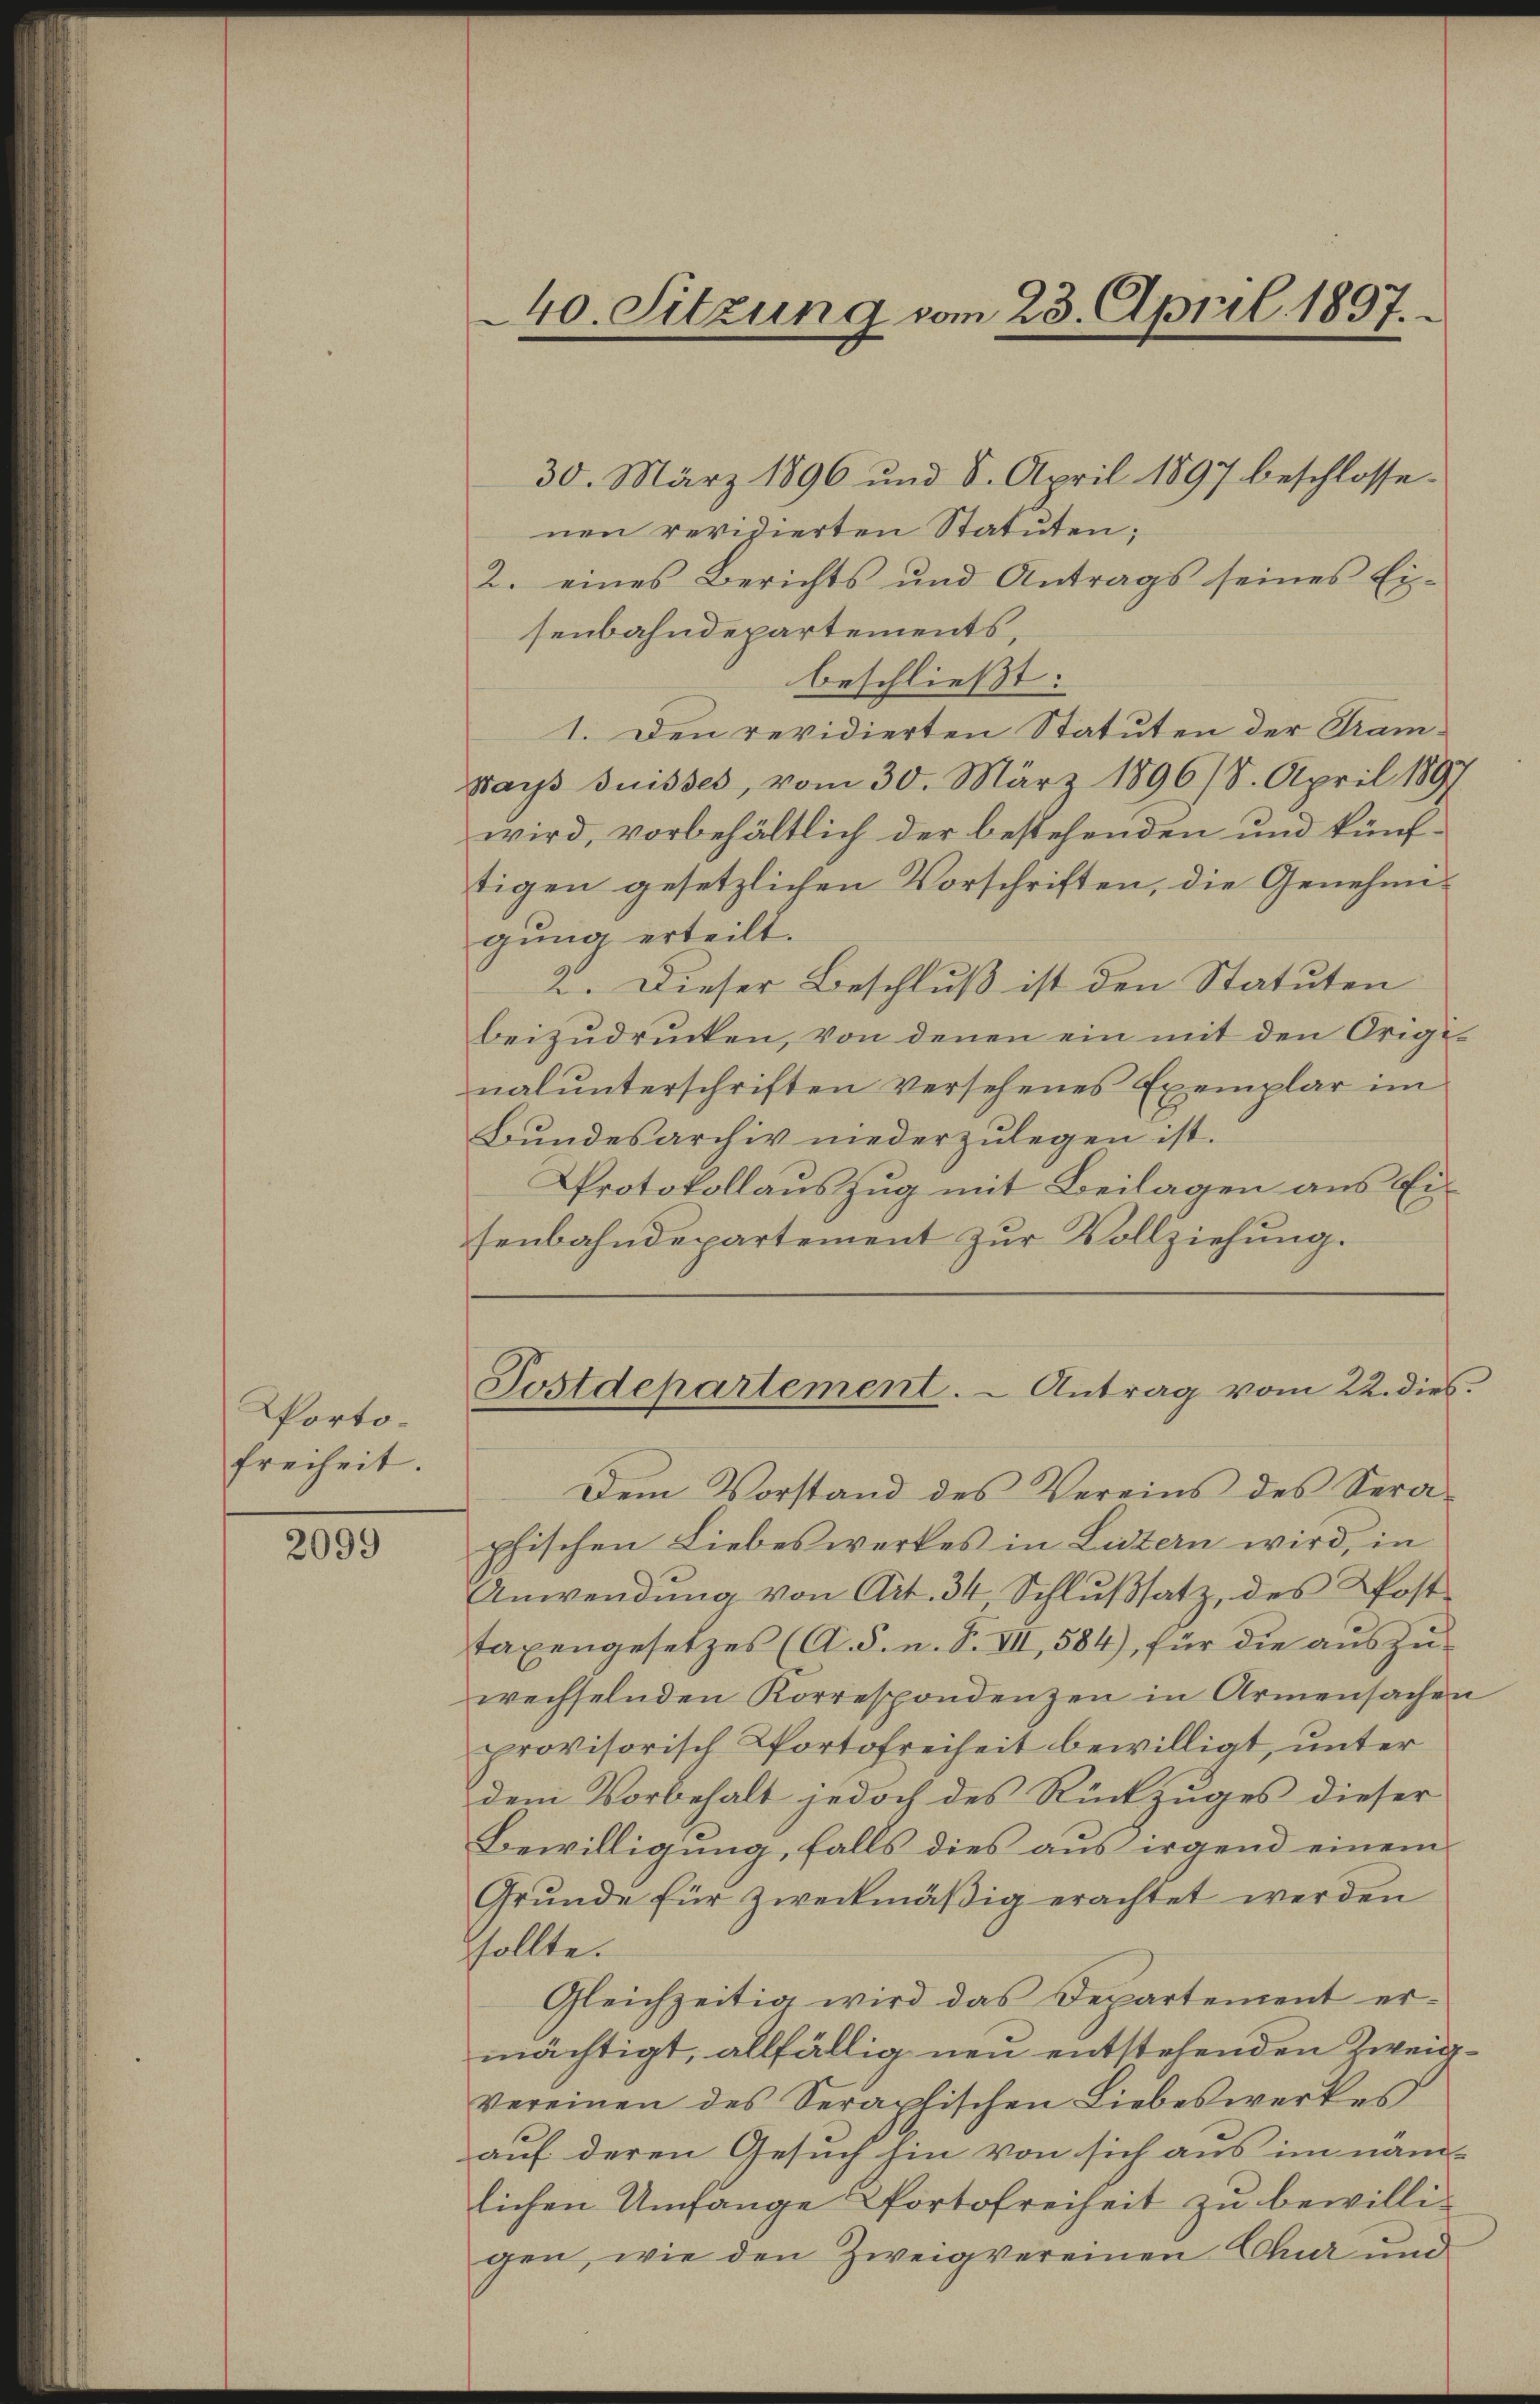
Portofreiheit.

2099

senbahndepartement zur Vollziehung.

40. Sitzung vom 23. April 1857.

30. März 1896 und 8. April 1897 beschlossenen revidierten Statuten;
2. eines Berichts und Antrags seines Ei-
senbahndepartements,
beschließt:
1. Den revidierten Statuten der Tramways suisses, vom 30. März 1896/8. April 1891
wird, vorbehältlich der bestehenden und künf-
tigen gesetzlichen Vorschriften, die Genehmigung erteilt.
2. Dieser Beschluß ist den Statuten
beizudrucken, von denen ein mit den Originalunterschriften versehenes Exemplar im
Bŭndesarchiv niederzŭlegen ist.
Protokollauszug mit Beilagen aus Ei¬
Postdepartement. - Antrag vom 22. dies
Dem Vorstand des Vereins des Sera-
phischen Liebeswerkes in Listern wird, in
Anwendŭng von Art. 34 Schlŭβsatz, des Kost
taxengesetzes (A. S. n. F. VII, 584), für die auszuwechselnden Korrespondenzen in Armensachen
provisorisch Portofreiheit bewilligt, unter
dem Vorbehalt jedoch des Rückzuges dieser
Bewilligung, falls dies aus irgend einem
Grŭnde für zweckmäβig erachtet werden
Sollte.
Gleichzeitig wird das Departement ermächtigt, allfällig neu entstehenden Zweigvereinen des Seraphischen Liebeswerkes
auf deren Gesuch hin von sich aus im näm-
lichen Umfange Portofreiheit zu bewilligen, wie den Zweig vereinen Chur und